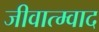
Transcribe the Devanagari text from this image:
जीवात्म्वाद